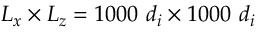
L _ { x } \times L _ { z } = 1 0 0 0 ~ d _ { i } \times 1 0 0 0 ~ d _ { i }